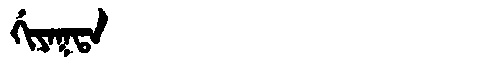
Manchu: ᡤᡳᠶᠠᡴᡨᠠ
Romanization: GIYAKTA